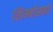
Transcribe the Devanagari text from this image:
शिम्बोर्स्का